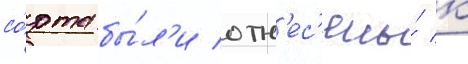
со́рта бы́л'и отн'ес'ены́ к